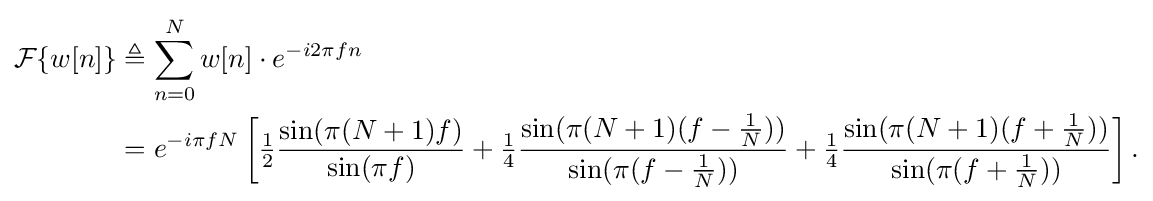
{\begin{aligned}{\mathcal {F}}\{w[n]\}&\triangleq \sum _{n=0}^{N}w[n]\cdot e^{-i2\pi fn}\\&=e^{-i\pi fN}\left[{\tfrac {1}{2}}{\frac {\sin(\pi (N+1)f)}{\sin(\pi f)}}+{\tfrac {1}{4}}{\frac {\sin(\pi (N+1)(f-{\tfrac {1}{N}}))}{\sin(\pi (f-{\tfrac {1}{N}}))}}+{\tfrac {1}{4}}{\frac {\sin(\pi (N+1)(f+{\tfrac {1}{N}}))}{\sin(\pi (f+{\tfrac {1}{N}}))}}\right].\end{aligned}}